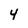
Character: 4